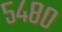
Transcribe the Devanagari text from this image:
५४८०